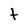
Character: t